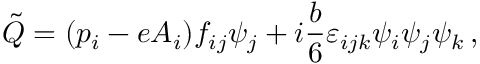
\tilde { Q } = ( p _ { i } - e A _ { i } ) f _ { i j } \psi _ { j } + i { \frac { b } { 6 } } \varepsilon _ { i j k } \psi _ { i } \psi _ { j } \psi _ { k } \, ,